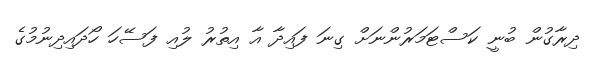
ދިރާގުން ބުނީ ކަސްޓަމަރުންނަށް ގިނަ ފައިދާ އާ އިތުރު ލުއި ފަސޭހަ ހޯދައިދިނުމުގެ